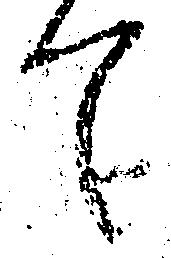
て